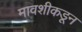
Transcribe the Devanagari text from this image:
मावशीकडून